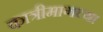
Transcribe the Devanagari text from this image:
कात्रीमागच्या